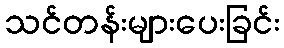
သင်တန်းများပေးခြင်း